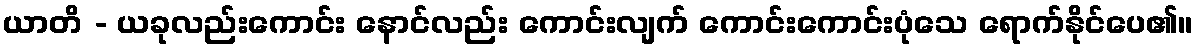
ယာတိ - ယခုလည်းကောင်း နောင်လည်း ကောင်းလျက် ကောင်းကောင်းပုံသေ ရောက်နိုင်ပေ၏။